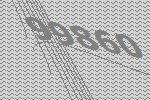
99860